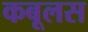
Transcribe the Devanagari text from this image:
कबूलस